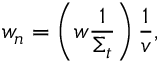
w _ { n } = \left( w \frac { 1 } { \Sigma _ { t } } \right) \frac { 1 } { v } ,